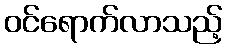
ဝင်ရောက်လာသည့်